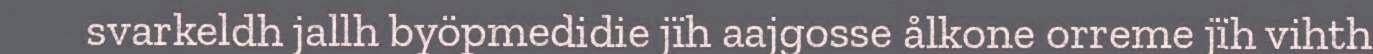
svarkeldh jallh byöpmedidie jïh aajgosse ålkone orreme jïh vihth